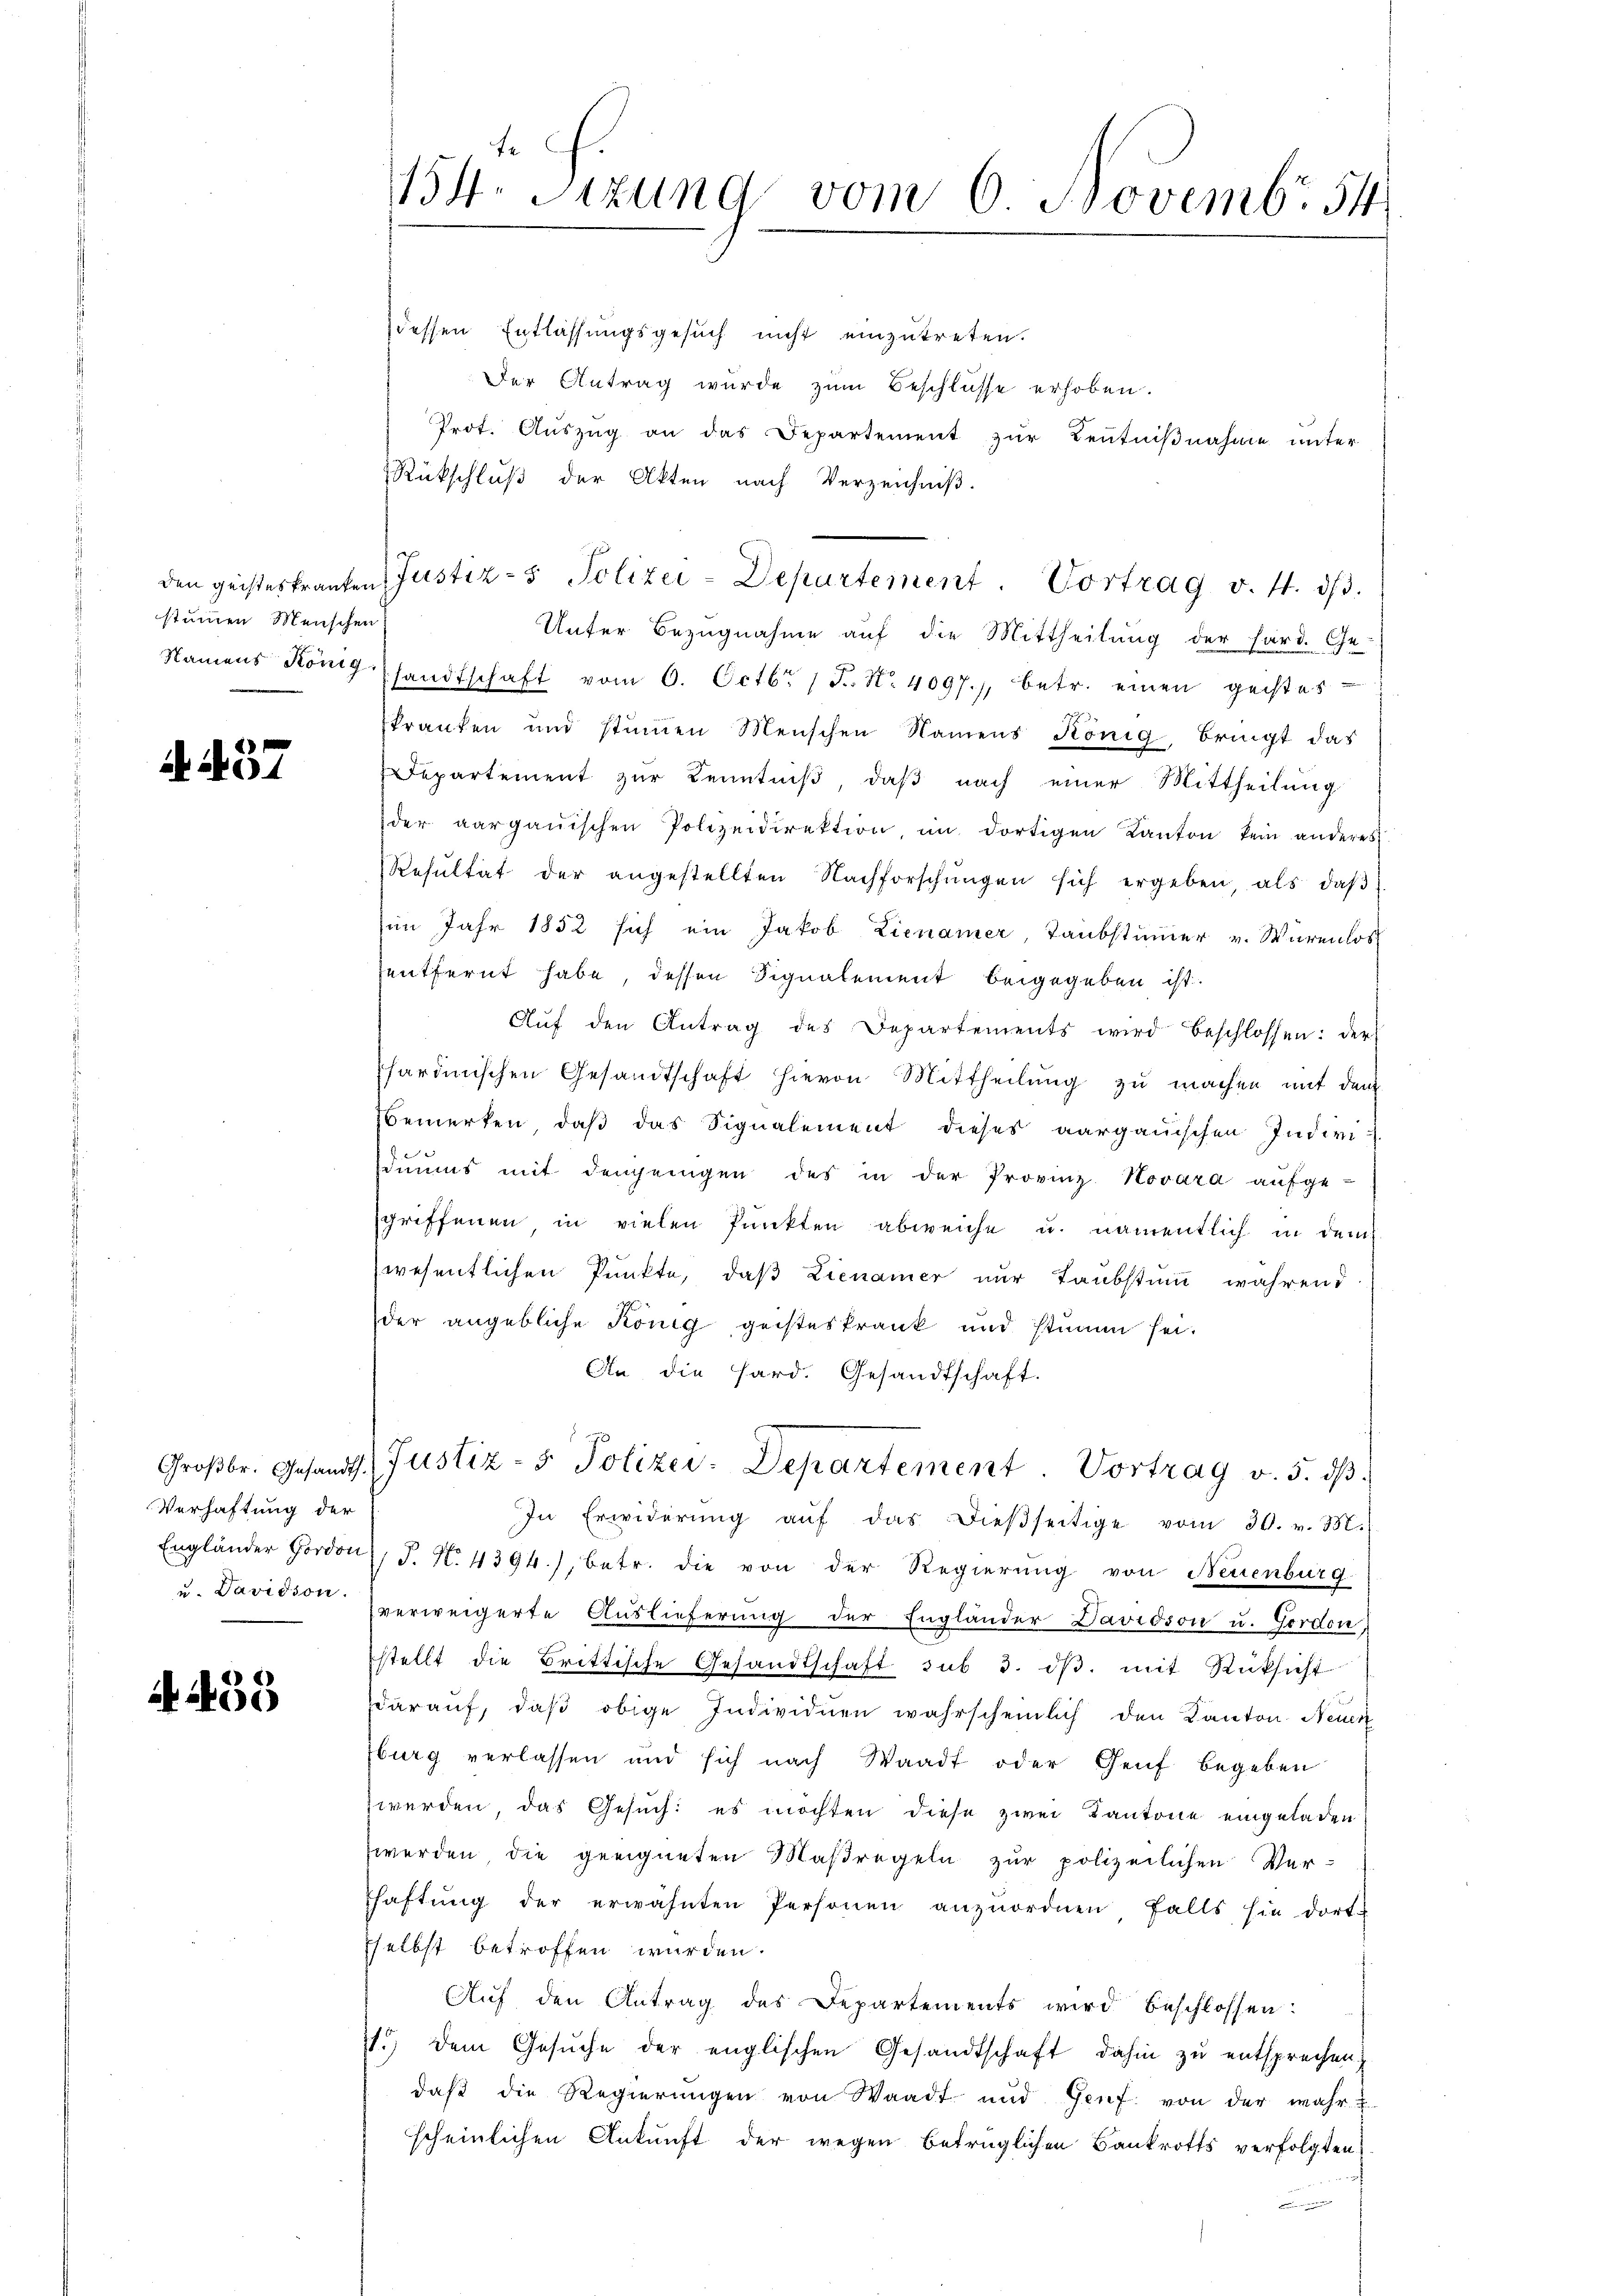
stummen Menschen.

A. 37

Verhaftung der

4459

dessen Entlassungsgesuch nicht einzutreten.
Der Antrag wurde zum Beschlüsse erhoben.
Prot. Auszug an das Departement zur Zentnißnahme unter
Rückschluß der Akten nach Verzeichniß.
d
Unter Bezugnahme auf die Mittheilung der Sard. Ehe-
Namens König sandtschaft vom 6. Octbr. 17. No. 4097., betr. einen geistes
kranken und stimmen Menschen Namens König, bringt das
Departement zur Kenntniß, daß nach einer Mittheilung
der aargauischen Polizeidirektion, im dortigen Kanton kein anderes
Resultat der angestellten Nachforschŭngen sich ergeben, als daβ
im Jahr 1852 sich ein Jakob Lienamer, Taubstummer v. Würenlos
entfernt habe, dessen Signalement beigegeben ist.
Aŭf den Antrag des Departements wird beschlossen: der
sardinischen Gesandtschaft hievon Mittheilung zu machen mit dem
Bemerken, daß das Signalement dieses aargauischen Indivi-
duums mit demjenigen des in der Provinz Novara aufge-
griffenen in vielen Punkten abweiche u. namentlich in dem
wesentlichen Punkte, daß Lienamer nur Taubstumm während
der angebliche König geisteskrank und stumm sei.
An die Sard. Gesandtschaft.
Groβbr. Gesandt. Justiz- & Polizer-Departement. Vortrag v. 5. dβ.
In Erwiderŭng aŭf das dieβseitige vom 30. v. M.
Engländer Gordon, S. N. 4394), betr. die von der Regierung von Neuenburg
u. Davision verweigerte Auslieferung der Engländer Davidson u. Gordon,
stellt die Brittische Gesandtschaft sub 3. dβ. mit Rüksicht
Darauf, daß obige Individuen wahrscheinlich den Kanton Neuen
burg verlassen und sich nach Waadt oder Genf begeben
zwerden, das Gesuch: es möchten diese zwei Kantone eingeladen
werden die geeigneten Maßregeln zur polizeilichen Ver-
shaftŭng der erwähnten Personen anzŭordnen, falls hie dort
Eselbst betroffen wurden.
Aŭf den Antrag des Departements wird beschlossen:
11.) Dem Gesuche der englischen Gesandtschaft dahin zu entsprechen,
daß die Regierungen von Waadt und Genf von der wahr-
scheinlichen Ankunft der wegen betrüglichen Bankrotts verfolgten

154. Sitzung vom 6 Novembr 54

den geisteskranten Justiz- & Polizei-Departement. Vortrag v. 4. dβ.